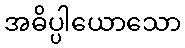
အဓိပ္ပါယောသော